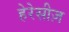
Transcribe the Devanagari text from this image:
हेरेसीज़